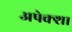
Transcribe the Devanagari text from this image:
अपेक्शा